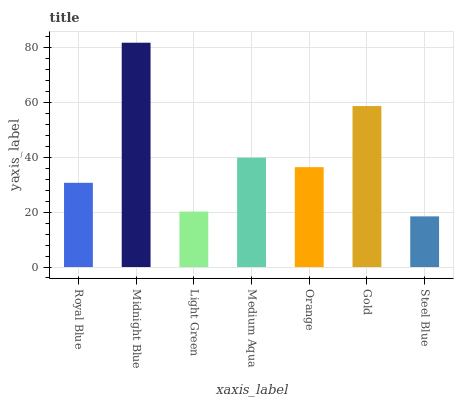
| xaxis_label | bars |
 | --- | --- |
 | Royal Blue | 30.7 |
 | Midnight Blue | 81.9 |
 | Light Green | 20.2 |
 | Medium Aqua | 39.9 |
 | Orange | 36.5 |
 | Gold | 58.8 |
 | Steel Blue | 18.5 |